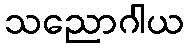
သညောဂါယ